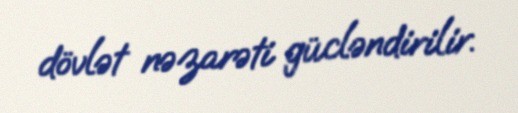
dövlət nəzarəti gücləndirilir.